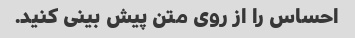
احساس را از روی متن پیش بینی کنید.